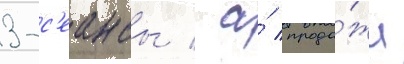
3-с'еансы / а́ прода́жи